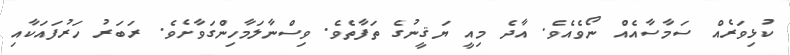
ކުޅިވަރެއް ސަމާސާއެއް ނޯވެއެވެ. އާދެ މިއީ ޔަޤީނުގެ ތަފާތެވެ. ވިސްނާލަމާހިންގަވާށެވެ. ރަބަރު ހަރުފައަކާއި